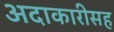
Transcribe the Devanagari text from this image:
अदाकारीसह